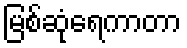
မြစ်ဆုံရေကာတာ